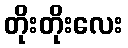
တိုးတိုးလေး